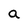
Character: a